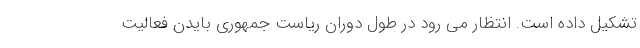
تشکیل داده است. انتظار می رود در طول دوران ریاست جمهوری بایدن فعالیت